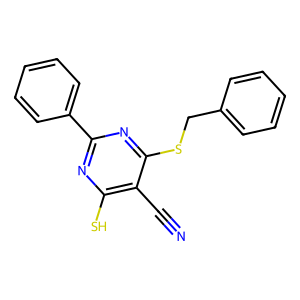
SMILES: N#Cc1c(S)nc(-c2ccccc2)nc1SCc1ccccc1
Inhibits HIV replication: No